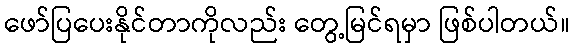
ဖော်ပြပေးနိုင်တာကိုလည်း တွေ့မြင်ရမှာ ဖြစ်ပါတယ်။